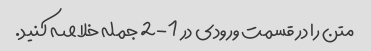
متن را در قسمت ورودی در 1-2 جمله خلاصه کنید.